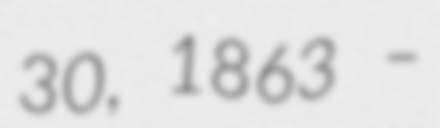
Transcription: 30, 1863 –